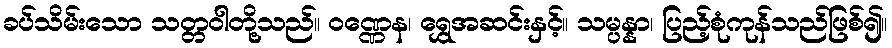
ခပ်သိမ်းသော သတ္တဝါတို့သည်။ ဝဏ္ဏေန၊ ရွှေအဆင်းနှင့်။ သမ္ပန္နာ၊ ပြည့်စုံကုန်သည်ဖြစ်၍။